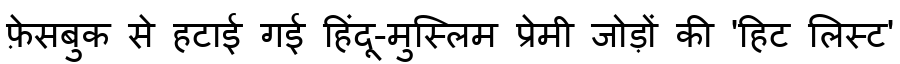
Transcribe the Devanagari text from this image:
फ़ेसबुक से हटाई गई हिंदू-मुस्लिम प्रेमी जोड़ों की 'हिट लिस्ट'